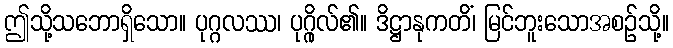
ဤသို့သဘောရှိသော။ ပုဂ္ဂလဿ၊ ပုဂ္ဂိုလ်၏။ ဒိဋ္ဌာနုကတိံ၊ မြင်ဘူးသောအစဉ်သို့။